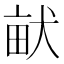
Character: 𤱶